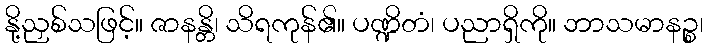
နို့ညှစ်သဖြင့်။ ဇာနန္တိ၊ သိရကုန်၏။ ပဏ္ဍိတံ၊ ပညာရှိကို။ ဘာသမာနဉ္စ၊